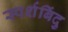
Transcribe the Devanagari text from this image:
स्पर्शबिंदु